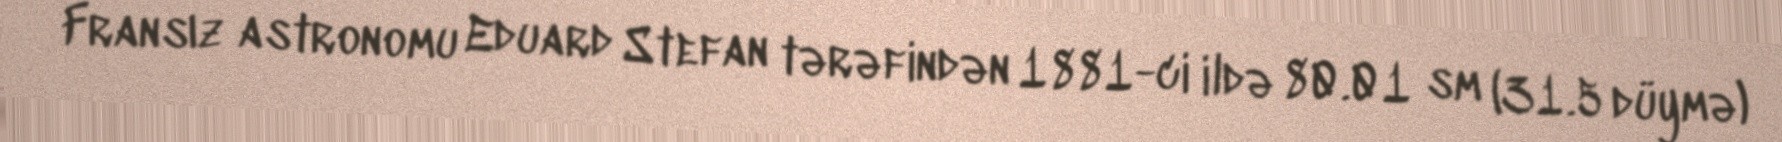
Fransız astronomu Eduard Stefan tərəfindən 1881-ci ildə 80.01 sm (31.5 düymə)